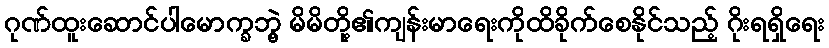
ဂုဏ်ထူးဆောင်ပါမောက္ခဘွဲ့ မိမိတို့၏ကျန်းမာရေးကိုထိခိုက်စေနိုင်သည့် ဂိုးရရှိရေး